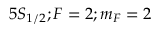
5 S _ { 1 / 2 } ; F = 2 ; m _ { F } = 2